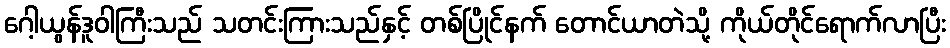
ဂေါ့ယွန်ဒူဝါကြီးသည် သတင်းကြားသည်နှင့် တစ်ပြိုင်နက် တောင်ယာတဲသို့ ကိုယ်တိုင်ရောက်လာပြီး